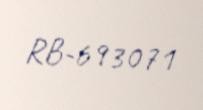
RB-693071